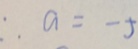
\therefore a = - 5